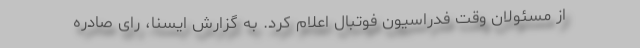
از مسئولان وقت فدراسیون فوتبال اعلام کرد. به گزارش ایسنا،‌ رای صادره